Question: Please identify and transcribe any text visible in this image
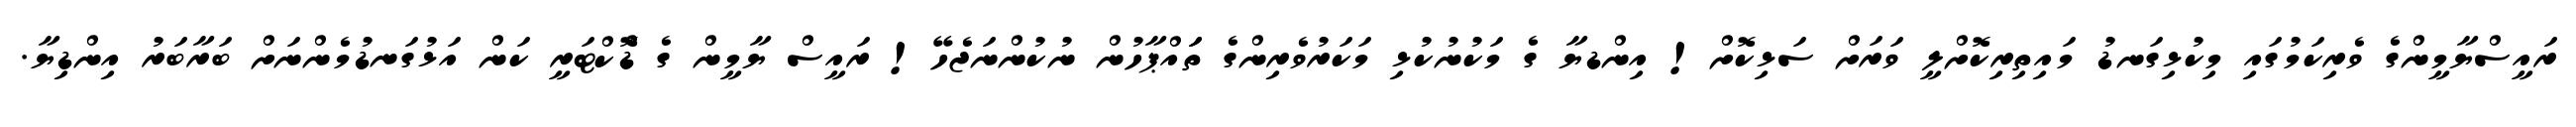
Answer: ރައީސްޔާމީންގެ ވެރިކަމުގައި މިކުޅިގަނޑު މައިތިރިކޮށްލީ ވަރަށް ސަޅިކޮށް! އިންޑޔާ ގެ މަކުނުކުޅި މަކަރުވެރިންގެ ތަައްޕާހުން ނުކުންނަޖެހޭ! ރައީސް ޔާމީން ގެ ޑޮްކްޓަރީ ކަން އަޅުގަނޑުމެންނަށް ބަރާބަރު އިންޑިޔާ.